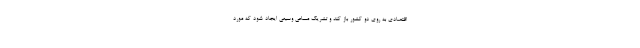
اقتصادی به روی دو کشور باز کند و تشریک مساعی وسیعی ایجاد شود که مورد